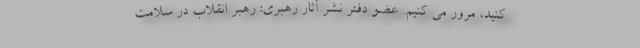
کنید، مرور می کنیم. عضو دفتر نشر آثار رهبری: رهبر انقلاب در سلامت